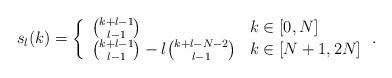
LaTeX: \begin{align*}s_l(k) = \left\{ \begin{array}{ll} {k+l-1 \choose l-1} & k \in [0,N] \\{k+l-1 \choose l-1} - l {k+l-N-2 \choose l-1} & k \in [N+1,2N] \end{array} \right. .\end{align*}